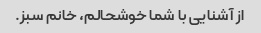
از آشنایی با شما خوشحالم، خانم سبز.